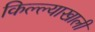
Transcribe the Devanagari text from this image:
किल्ल्याखाली